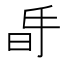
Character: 𣅲